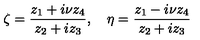
\zeta = \frac { z _ { 1 } + i \nu z _ { 4 } } { z _ { 2 } + i z _ { 3 } } , \quad \eta = \frac { z _ { 1 } - i \nu z _ { 4 } } { z _ { 2 } + i z _ { 3 } }